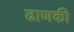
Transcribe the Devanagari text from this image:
ढाणकी